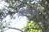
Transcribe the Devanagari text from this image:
शिफारिशों